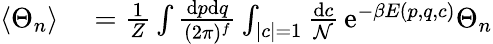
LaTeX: \begin{array}{rl}{\langle\Theta_{n}\rangle}&{{}=\frac{1}{Z}\int\frac{\mathrm{d}p\mathrm{d}q}{(2\pi)^{f}}\int_{|c|=1}\frac{\mathrm{d}c}{\mathcal{N}}\, \mathrm{e}^{-\beta E(p,q,c)}\Theta_{n}}\end{array}